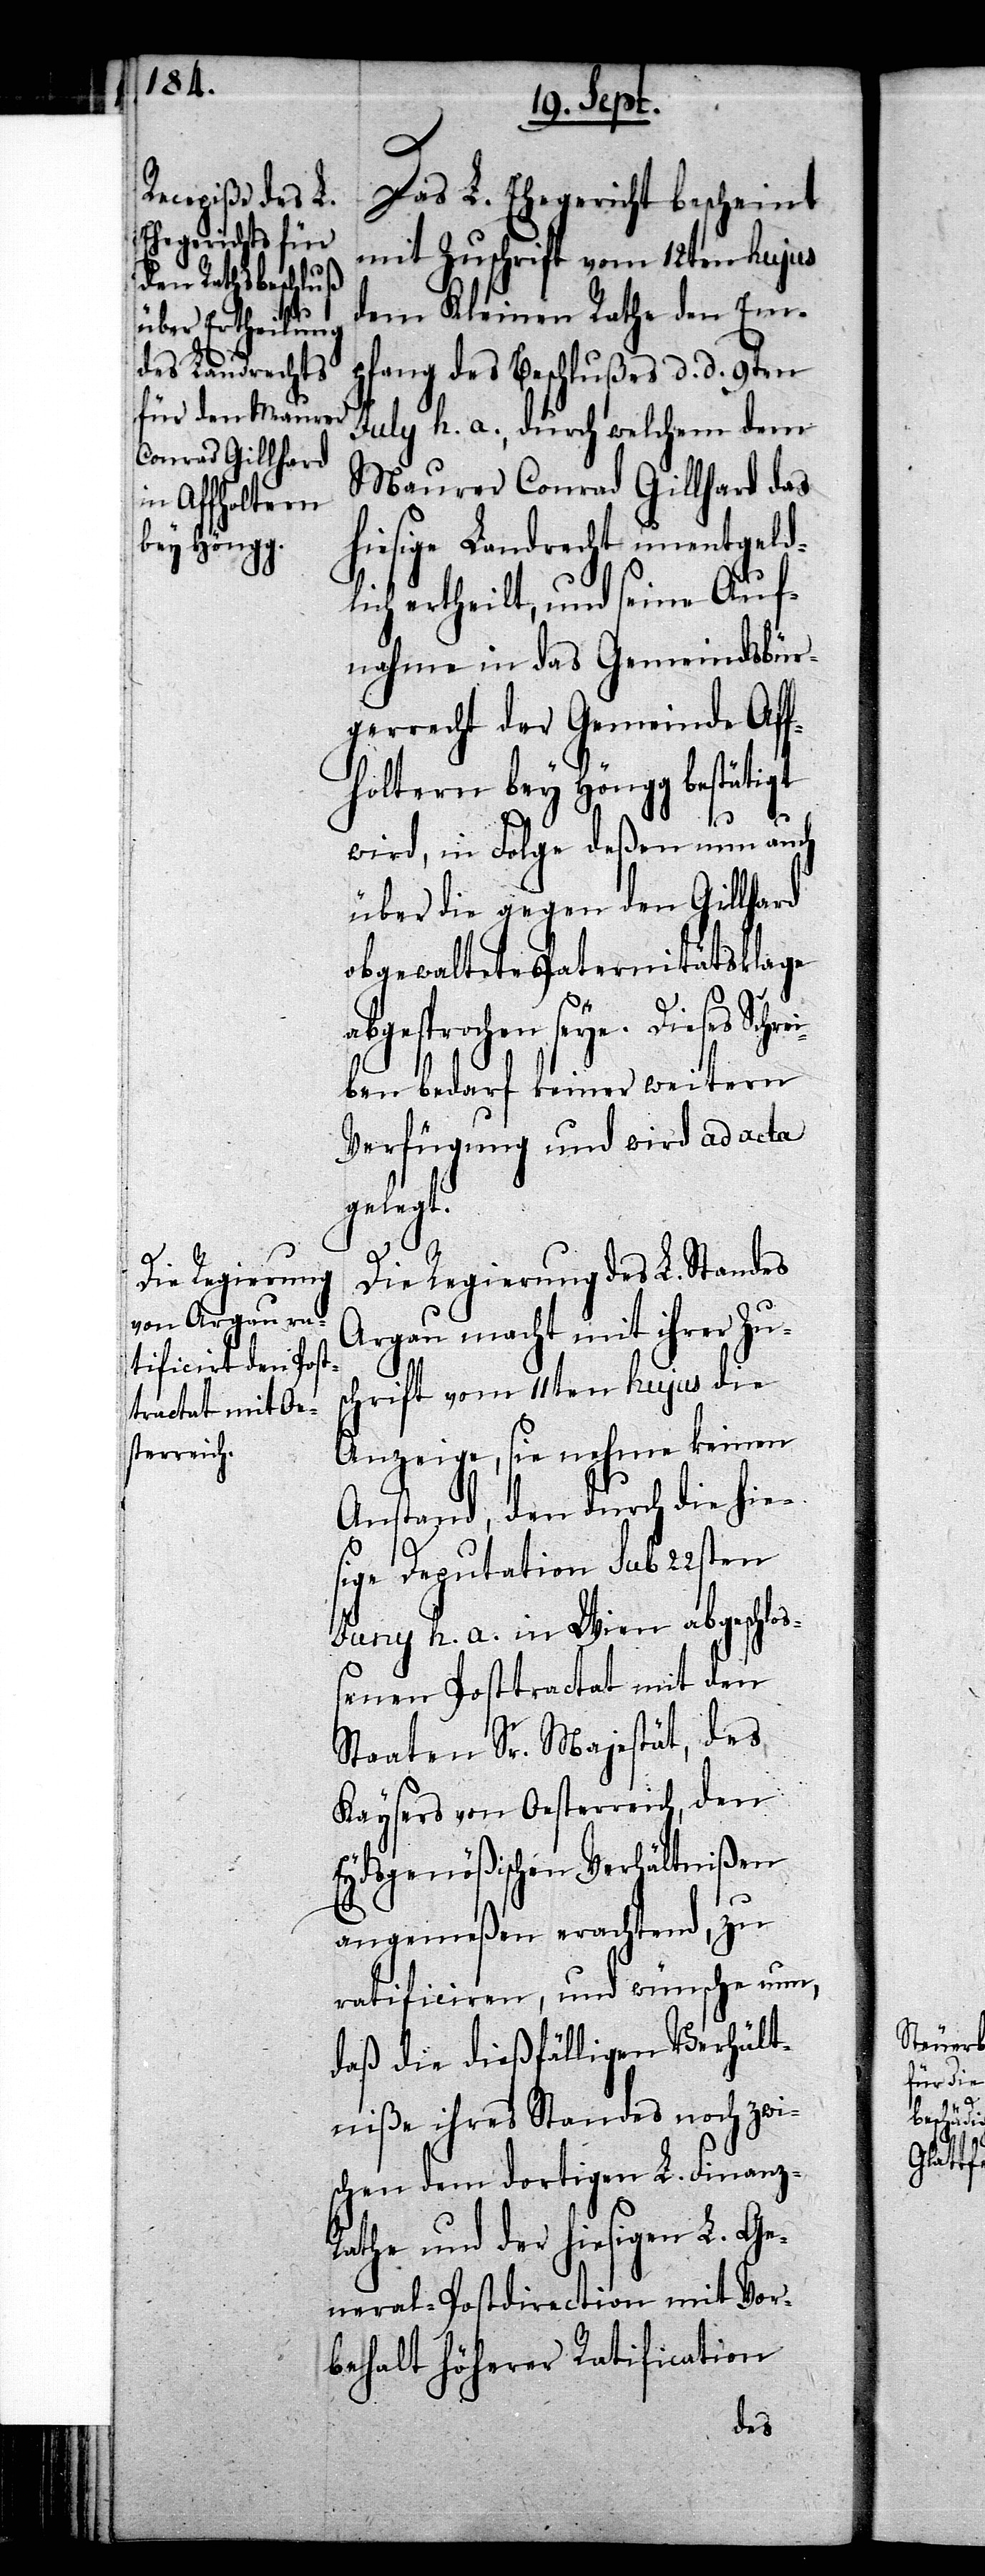
Das L. Ehegericht bescheint
mit Zuschrift vom 12ten hujus
dem Kleinen Rathe den Em¬
pfang des Beschlußes d. d. 9ten
July h. a., durch welchen dem
Maurer Conrad Gillhard das
hiesige Landrecht unentgeld¬
lich ertheilt, und seine Auf¬
nahme in das Gemeindsbür¬
gerrecht der Gemeinde Aff¬
holtern bey Höngg bestätigt
wird, in Folge deßen nun auch
über die gegen den Gillhard
obgewaltete Paternitätsklage
seye. Dieses Schre¬
iben bedarf keiner weitern
Verfügung und wird ad acta
gelegt.
Die Regierung des L. Standes
Argau macht mit ihrer Zu¬
schrift vom 11ten hujus die
Anzeige, sie nehme keinen
Anstand, den durch die hie¬
sige Deputation sub 22sten
Juny h. a. in Wien abgeschloß¬
enen Posttractat mit den
Staaten Sr. Majestät, des
Kaysers von Oesterreich, den
Eydsgenößischen Verhältnißen
angemeßen erachtend, zu
ratificiren, und wünsche nun,
daß die dießfälligen Verhält¬
niße ihres Standes noch zwi¬
schen dem dortigen L. Finanz-R¬
athe und der hiesigen L. Ge¬
neral-Postdirection mit Vor¬
behalt höherer Ratification